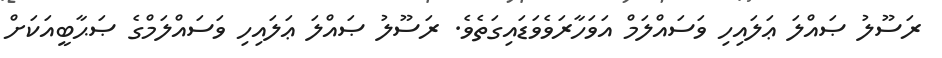
ރަސޫލު ޞައްލަ ޢަލައިހި ވަސައްލަމް އަވަހާރަވެވަޑައިގަތެވެ. ރަސޫލު ޞައްލަ ޢަލައިހި ވަސައްލަމްގެ ޞަޙާބީއަކަށް